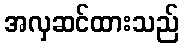
အလှဆင်ထားသည်